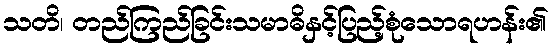
သတိ၊ တည်ကြည်ခြင်းသမာဓိနှင့်ပြည့်စုံသောရဟန်း၏